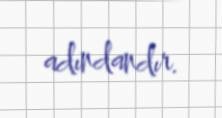
adındandır.